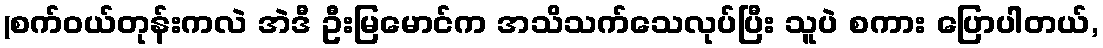
(စက်ဝယ်တုန်းကလဲ အဲဒီ ဦးမြမောင်က အသိသက်သေလုပ်ပြီး သူပဲ စကား ပြောပါတယ်,